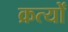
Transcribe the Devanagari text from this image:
क्रत्यों